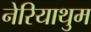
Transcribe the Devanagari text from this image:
नेरियाथुम